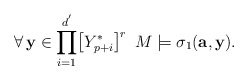
\begin{align*}\forall\,\mathbf{y}\in\displaystyle{\prod_{i=1}^{d^{'}}}\big{[}Y^{*}_{p+i}\big{]}^r\,\,\,M\models\sigma_1(\mathbf{a},\mathbf{y}).\end{align*}